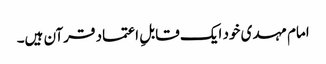
امام مہدی خود ایک قابلِ اعتماد قرآن ہیں۔